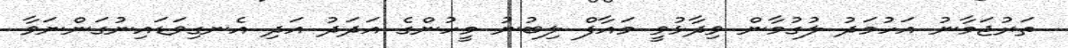
ތަރުޖަމާނު އަހުމަދު ލުގުމާން ވިދާޅުވީ މައާފް ލިބުނު މީހުންގެ އަދަދު އަދި އެނގިވަޑައިނުގަންނަވާ